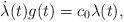
LaTeX: \begin{align*}\dot{\lambda} (t) g(t ) = {c}_{0}\lambda (t),\end{align*}